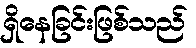
ရှိနေခြင်းဖြစ်သည်